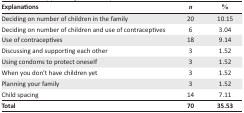
<table><thead><tr><td><b>Explanations</b></td><td><b><i>n</i></b></td><td><b>%</b></td></tr></thead><tbody><tr><td>Deciding on number of children in the family</td><td>20</td><td>10.15</td></tr><tr><td>Deciding on number of children and use of contraceptives</td><td>6</td><td>3.04</td></tr><tr><td>Use of contraceptives</td><td>18</td><td>9.14</td></tr><tr><td>Discussing and supporting each other</td><td>3</td><td>1.52</td></tr><tr><td>Using condoms to protect oneself</td><td>3</td><td>1.52</td></tr><tr><td>When you don’t have children yet</td><td>3</td><td>1.52</td></tr><tr><td>Planning your family</td><td>3</td><td>1.52</td></tr><tr><td>Child spacing</td><td>14</td><td>7.11</td></tr><tr><td><b>Total</b></td><td><b>70</b></td><td><b>35.53</b></td></tr></tbody></table>